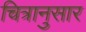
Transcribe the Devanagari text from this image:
चित्रानुसार